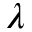
\lambda